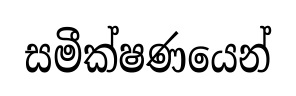
සමීක්ෂණයෙන්